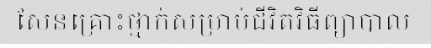
សែនគ្រោះថ្នាក់សម្រាប់ជីវិតវិធីព្យាបាល